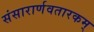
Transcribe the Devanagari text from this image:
संसारार्णवतारकम्